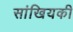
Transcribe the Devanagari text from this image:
सांखियकी